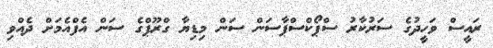
ރައީސް ވަހީދުގެ ސަރުކާރު ސްޕޯކްސްޕާސަން ސަން މިޑިޔާ ގްރޫޕްގެ ސަން އެފްއެމަށް ދެއްވި